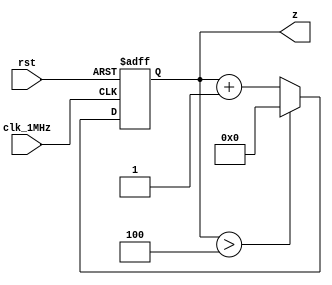
module cont_M10(input clk_1MHz, rst, output reg[0:4] z);
	always @(posedge clk_1MHz or negedge rst) begin
		if(rst == 0)
			z = 0;
		else if(z > 4)
				z <= 0;
		else
			z = z + 1;
	end	
endmodule